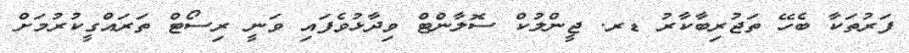
ފަރުތަކާ ބެހޭ ތަޖުރިބާކާރު ޑރ. ޖީންލުކް ސޮލާންޓް ވިދާޅުވެފައި ވަނީ ރިސޯޓް ތަރައްގީކުރުމަށް